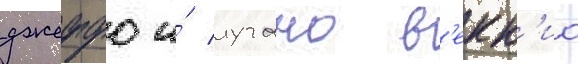
джеффо и́ лучано в'екк'ио